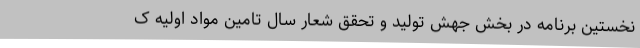
نخستین برنامه در بخش جهش تولید و تحقق شعار سال تامین مواد اولیه ک